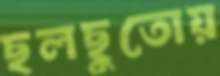
ছলছুতোয়